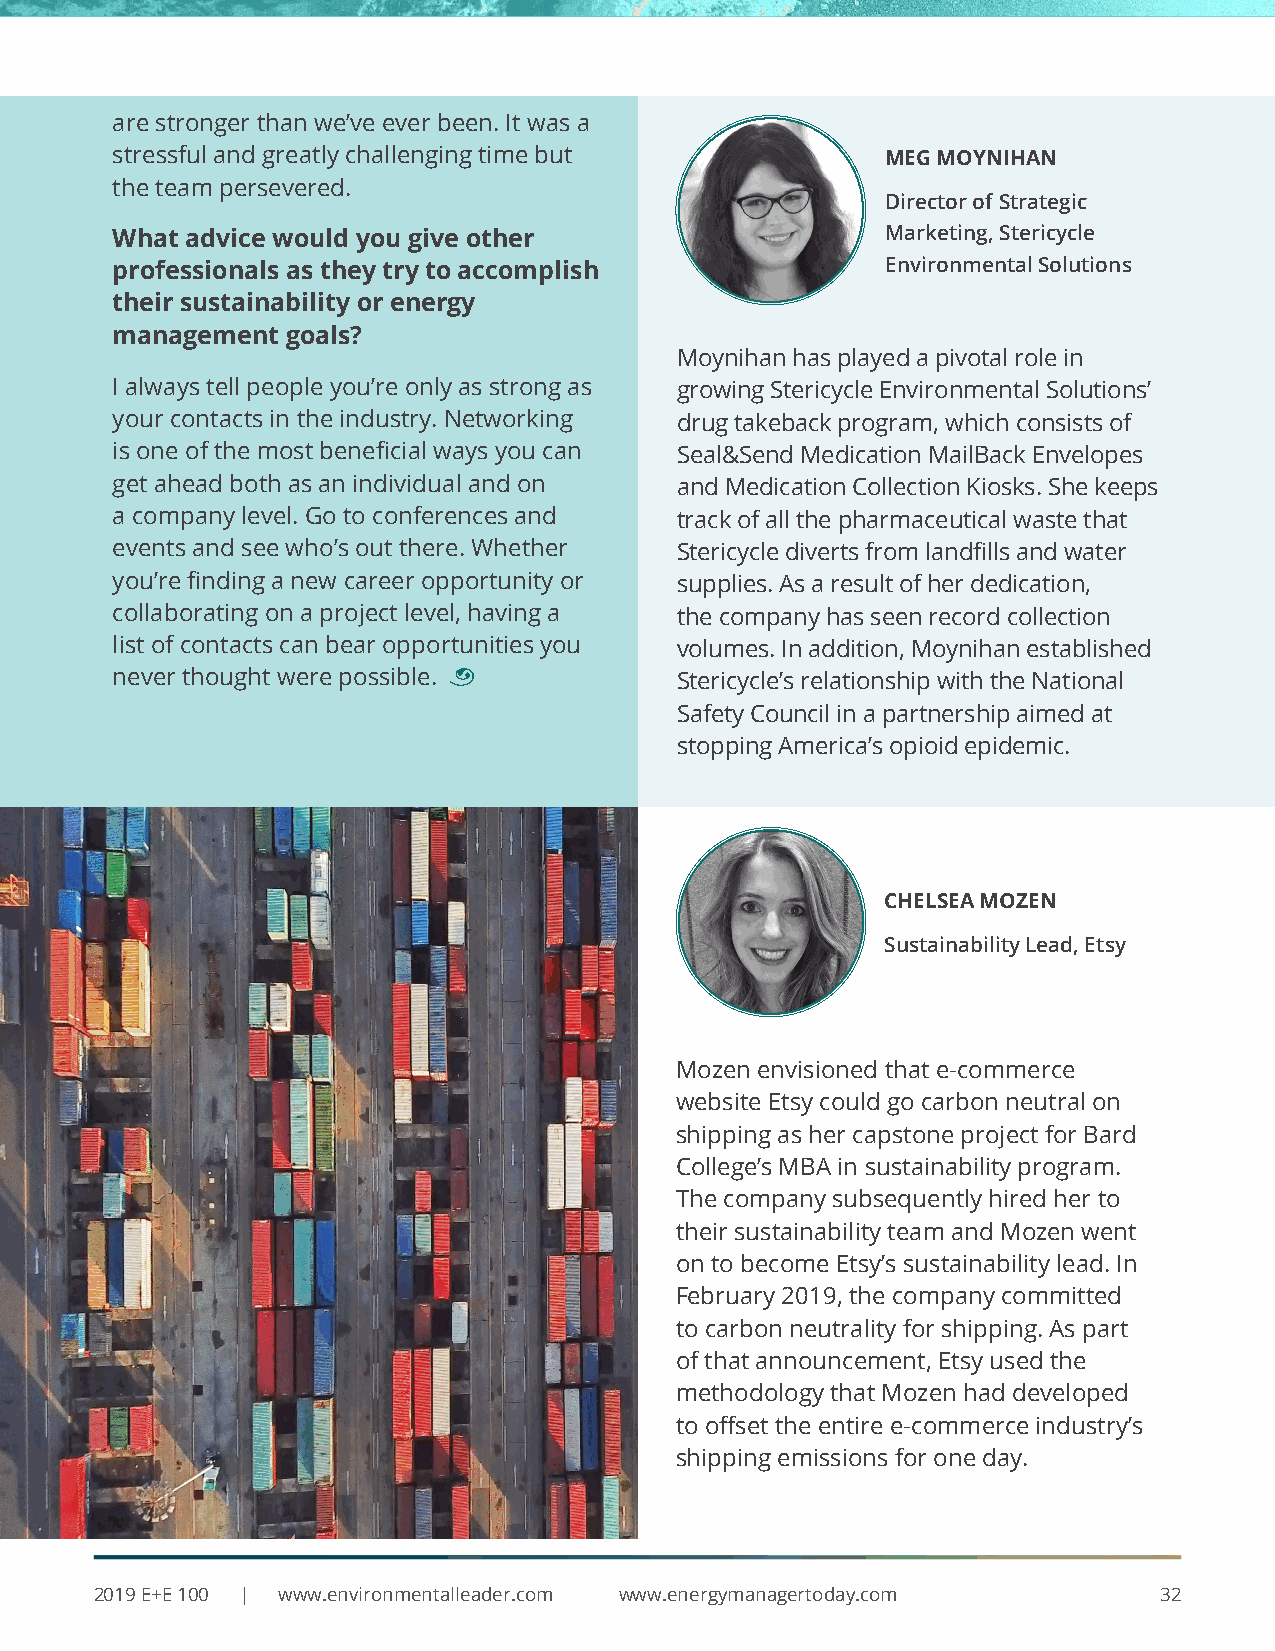
are stronger than we’ve ever been. It was a
 stressful and greatly challenging time but          MEG MOYNIHAN
 the team persevered.
 Director of Strategic
 What advice would you give other                    Marketing, Stericycle
 professionals as they try to accomplish             Environmental Solutions
 their sustainability or energy
 management  goals?
 Moynihan has played a pivotal role in
 I always tell people you’re only as strong as growing Stericycle Environmental Solutions’
 your contacts in the industry. Networking drug takeback program, which consists of
 is one of the most beneficial ways you can Seal&Send Medication MailBack Envelopes
 get ahead both as an individual and on and Medication Collection Kiosks. She keeps
 a company level. Go to conferences and track of all the pharmaceutical waste that
 events and see who’s out there. Whether Stericycle diverts from landfills and water
 you’re finding a new career opportunity or supplies. As a result of her dedication,
 collaborating on a project level, having a the company has seen record collection
 list of contacts can bear opportunities you volumes. In addition, Moynihan established
 never thought were possible. ¨        Stericycle’s relationship with the National
 Safety Council in a partnership aimed at
 stopping America’s opioid epidemic.
 CHELSEA MOZEN
 Sustainability Lead, Etsy
 Mozen envisioned that e-commerce
 website Etsy could go carbon neutral on
 shipping as her capstone project for Bard
 College’s MBA in sustainability program.
 The company subsequently hired her to
 their sustainability team and Mozen went
 on to become Etsy’s sustainability lead. In
 February 2019, the company committed
 to carbon neutrality for shipping. As part
 of that announcement, Etsy used the
 methodology that Mozen had developed
 to offset the entire e-commerce industry’s
 shipping emissions for one day.
 2019 E+E 100 | www.environmentalleader.com www.energymanagertoday.com  32